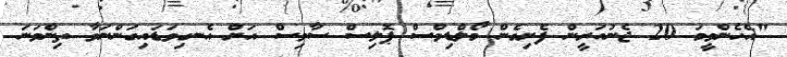
"އެހެންވީމަ 20 ޖެނުއަރީން ފެށިގެން މޯލްޑިވްސް ޕޮލިސް ސާވިސް އަށް އެނގިވަޑައިގަންނަވާ ތިންވަނަ